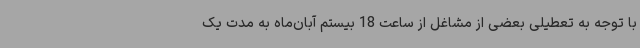
با توجه به تعطیلی بعضی از مشاغل از ساعت 18 بیستم آبان‌ماه به مدت یک